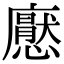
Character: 𢣽